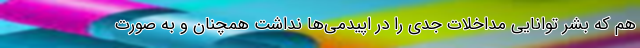
هم که بشر توانایی مداخلات جدی را در اپیدمی‌ها نداشت همچنان و به صورت